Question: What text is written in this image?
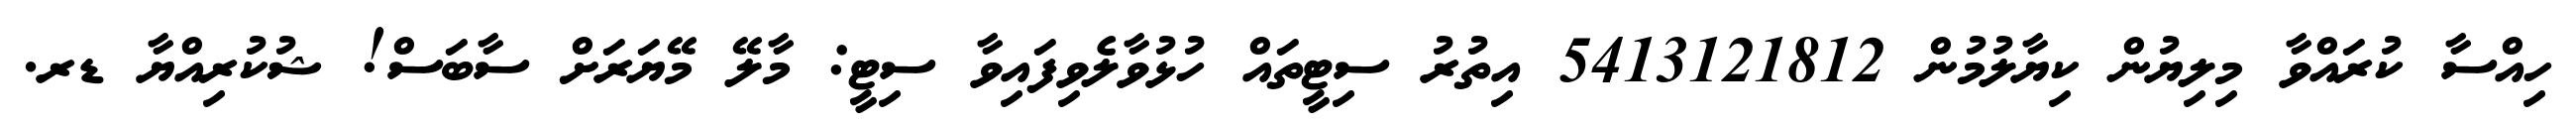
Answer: ހިއްސާ ކުރައްވާ މިލިޔުން ކިޔާލުމުން 5413121812 އިތުރު ސިޓީތައް ހުޅުވާލެވިފައިވާ ސިޓީ: މާލޭ މޭޔަރަށް ސާބަސް! ޝުކުރިއްޔާ ޑރ.